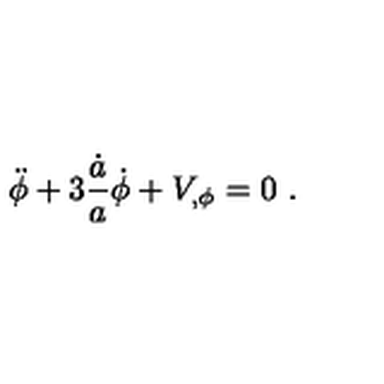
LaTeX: \ddot { \phi } + 3 { \frac { \dot { a } } { a } } \dot { \phi } + V _ { , \phi } = 0 \ .